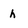
Character: h